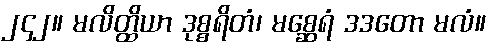
၂၄၂။ မလိတ္ထိယာ ဒုစ္စရိတံ၊ မစ္ဆေရံ ဒဒတော မလံ။